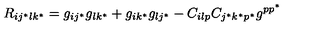
R _ { i j ^ { * } l k ^ { * } } = g _ { i j ^ { * } } g _ { l k ^ { * } } + g _ { i k ^ { * } } g _ { l j ^ { * } } - C _ { i l p } C _ { j ^ { * } k ^ { * } p ^ { * } } g ^ { p p ^ { * } }